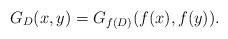
LaTeX: \begin{align*}G_D(x,y)=G_{f(D)}(f(x),f(y)).\end{align*}